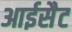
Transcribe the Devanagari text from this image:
आईसैट